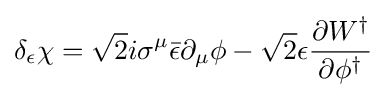
\delta _{\epsilon }\chi ={\sqrt {2}}i\sigma ^{\mu }{\bar {\epsilon }}\partial _{\mu }\phi -{\sqrt {2}}\epsilon {\frac {\partial W^{\dagger }}{\partial \phi ^{\dagger }}}